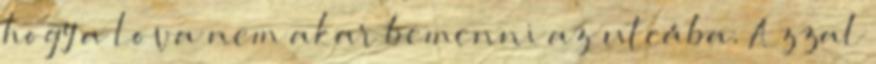
hogy a lova nem akar bemenni az utcába. Azzal